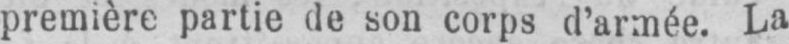
première partie de son corps d’armée. La